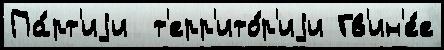
Па́рт'иjи  т'ерр'ито́р'иjи Гв'ин'е́е